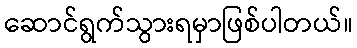
ဆောင်ရွက်သွားရမှာဖြစ်ပါတယ်။